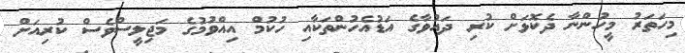
މިހަތަރު މީހުންނާ ދެކޮޅަށް ކުރި ދައުވާގެ އަޑުއެހުންތަަކާއި ހުކުމް އިއްވުމުގެ މަޖިލީސްވެސް ކުރިއަށް